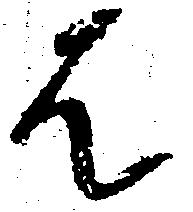
は